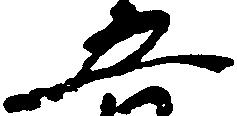
五